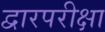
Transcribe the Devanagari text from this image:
द्वारपरीक्षा